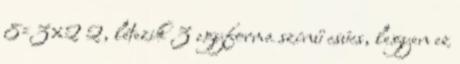
8=3×2 2, létezik 3 egyforma színű csúcs, legyen ez